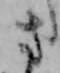
さ